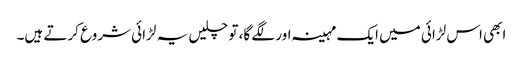
ابھی اس لڑائی میں ایک مہینہ اور لگے گا، تو چلیں یہ لڑائی شروع کرتے ہیں۔